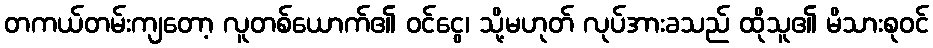
တကယ်တမ်းကျတော့ လူတစ်ယောက်၏ ဝင်ငွေ၊ သို့မဟုတ် လုပ်အားခသည် ထိုသူ၏ မိသားစုဝင်